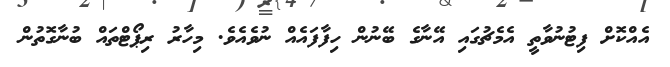
އެއްކޮށް ފިޓުނުވާތީ އެމެޗުގައި އޭނާގެ ބޭނުން ހިފާފައެއް ނުވެއެވެ. މިހާރު ރިޕޯޓްތައް ބުނާގޮތުން